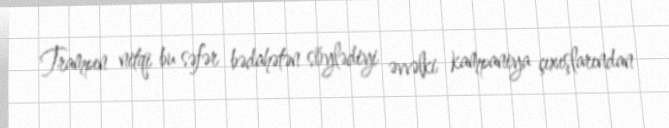
Trampın nitqi bu səfər bədahətən söylədiyi əvvəlki kampaniya çıxışlarından